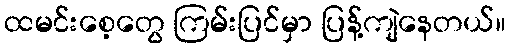
ထမင်းစေ့တွေ ကြမ်းပြင်မှာ ပြန့်ကျဲနေတယ်။